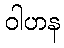
ဝါဟန